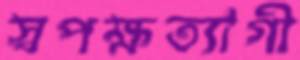
স্বপক্ষত্যাগী